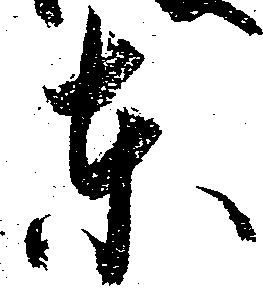
東